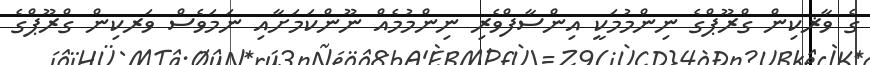
ގެ ވާޜކިން ގްރޫޕްގެ ނިންމުމަކީ އިންސާފްވެރި ނިންމުމެއް ނޫންކަމަށާއި ނަމަވެސް ވަރކިން ގްރޫޕްގެ